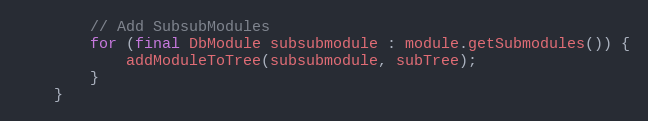
Language: Java
        // Add SubsubModules
        for (final DbModule subsubmodule : module.getSubmodules()) {
            addModuleToTree(subsubmodule, subTree);
        }
    }